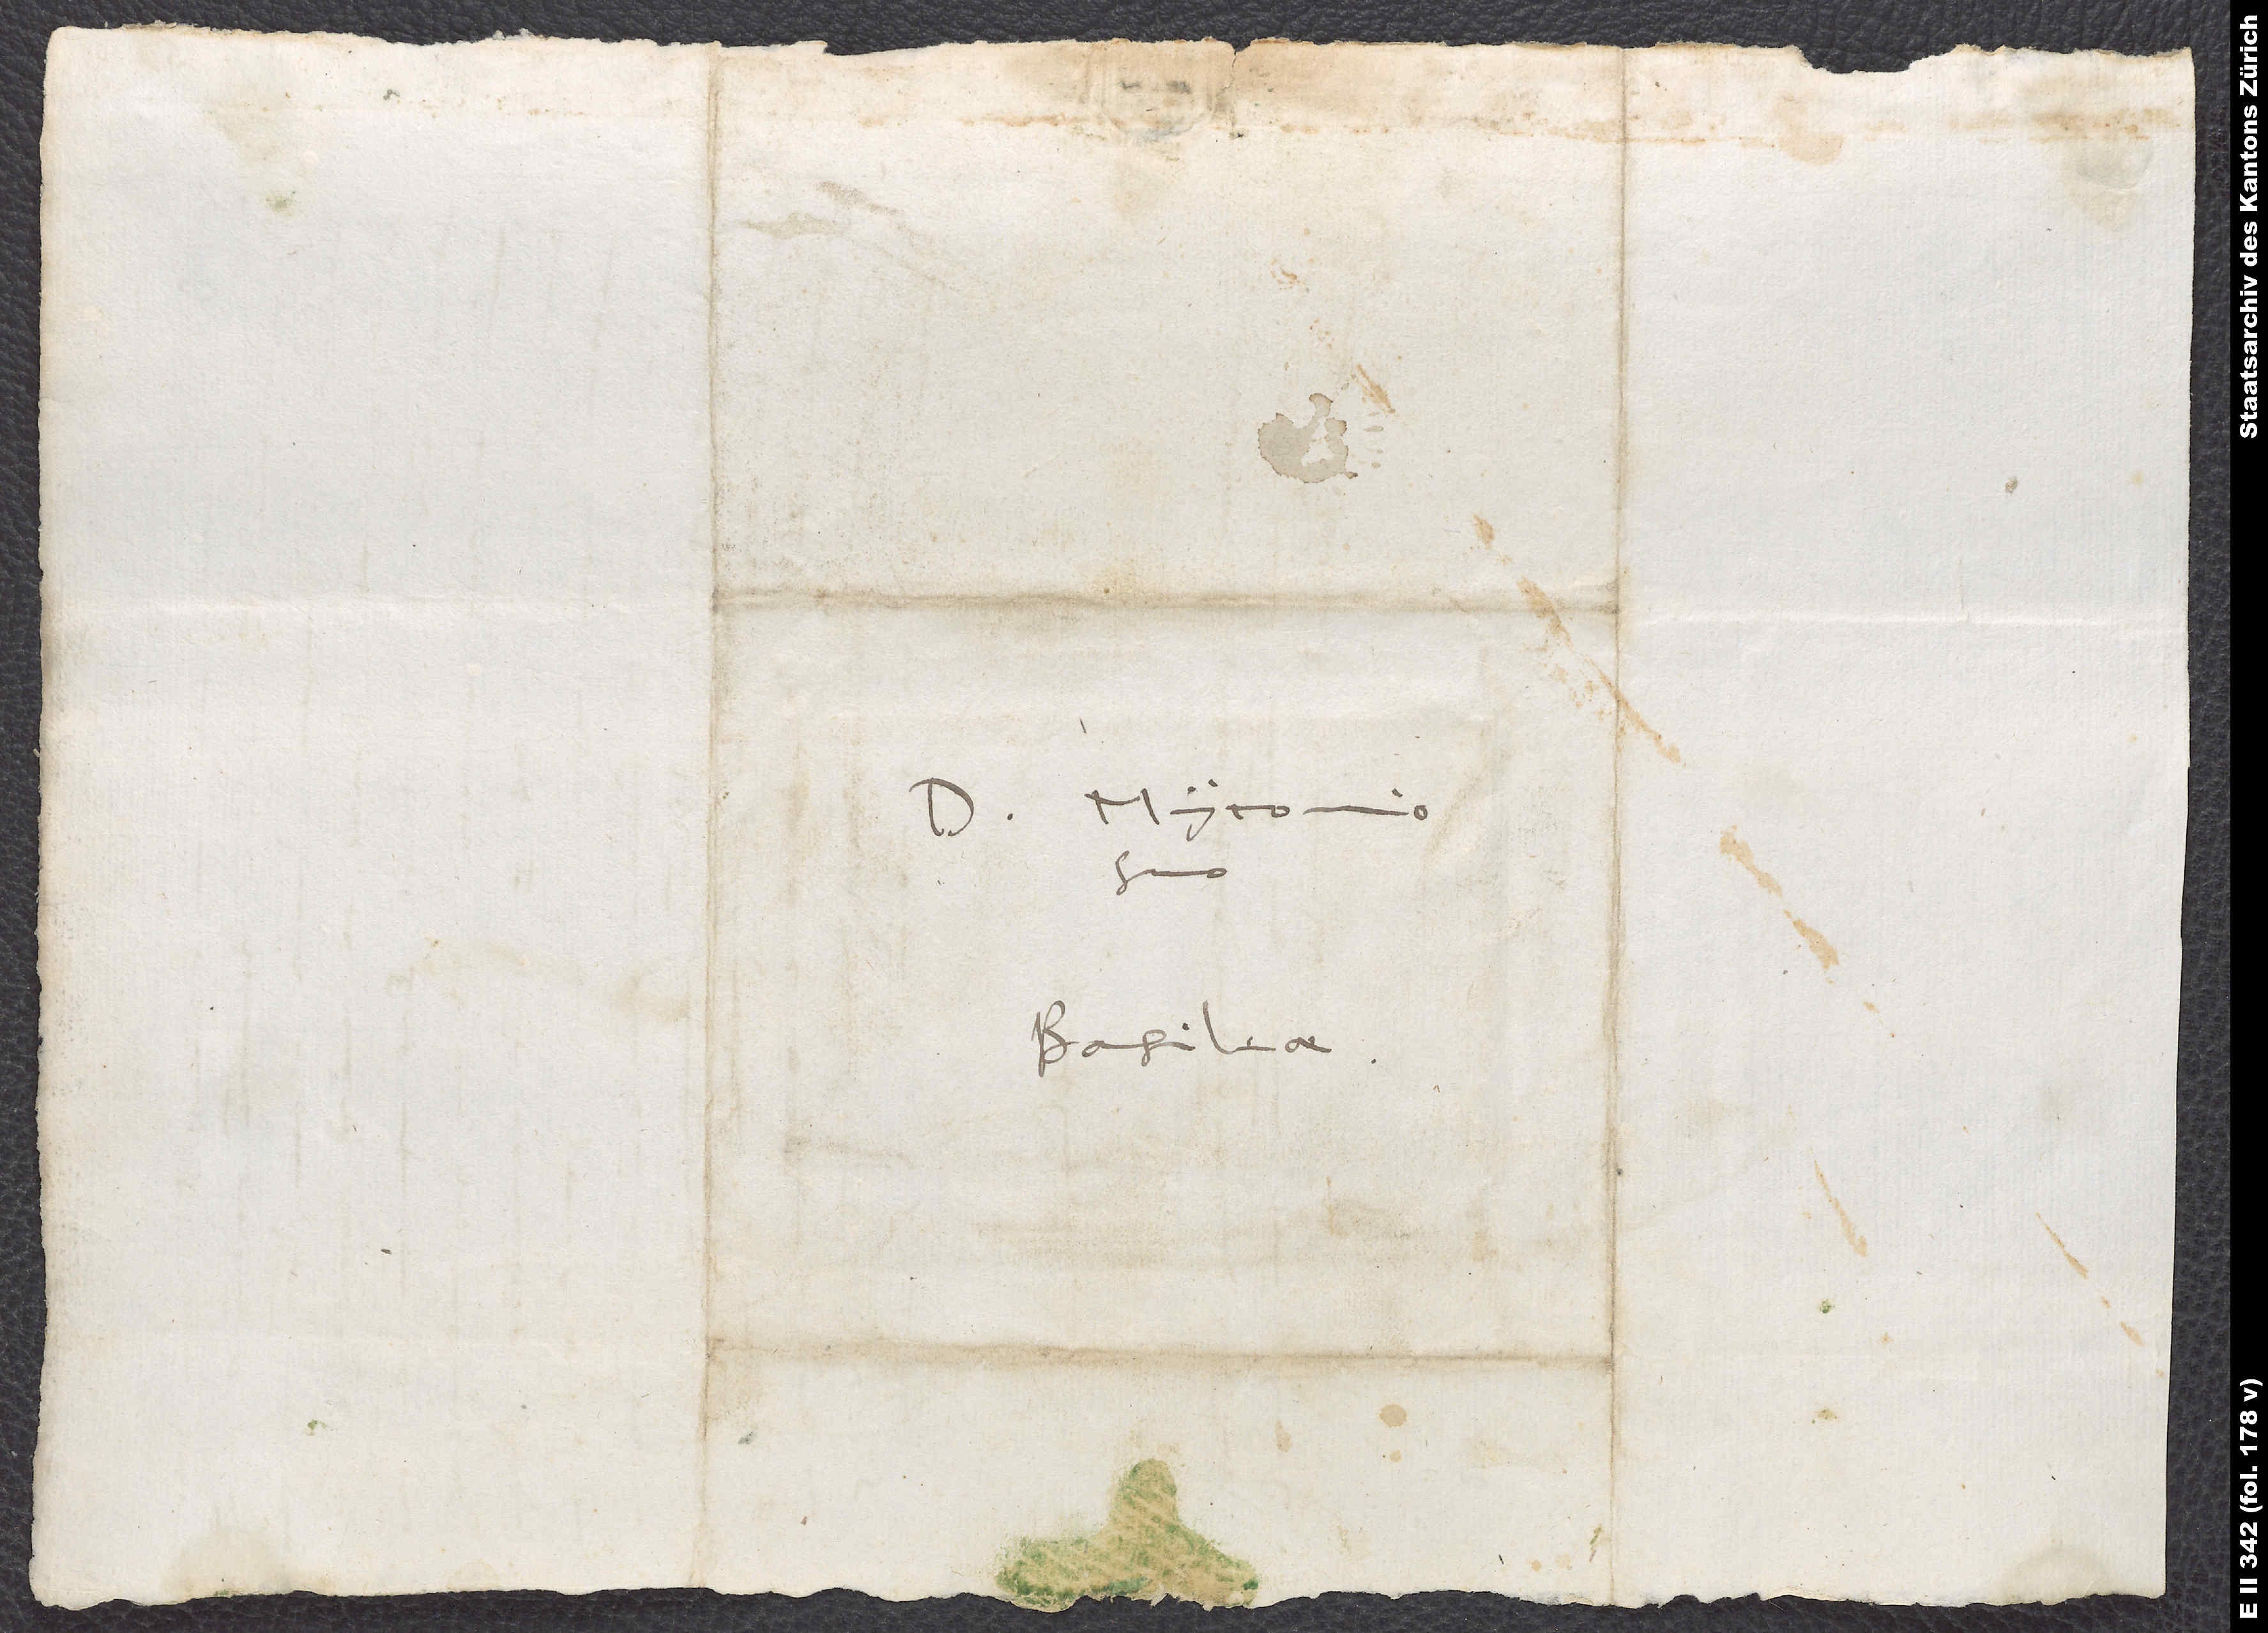
D. Myconio
suo.
Basileae.